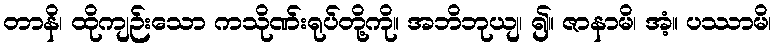
တာနိ၊ ထိုကျဉ်းသော ကသိုဏ်းရုပ်တို့ကို။ အဘိဘုယျ၊ ၍။ ဇာနာမိ၊ အံ့။ ပဿာမိ၊